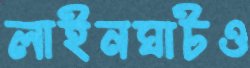
লাইনঘাটও